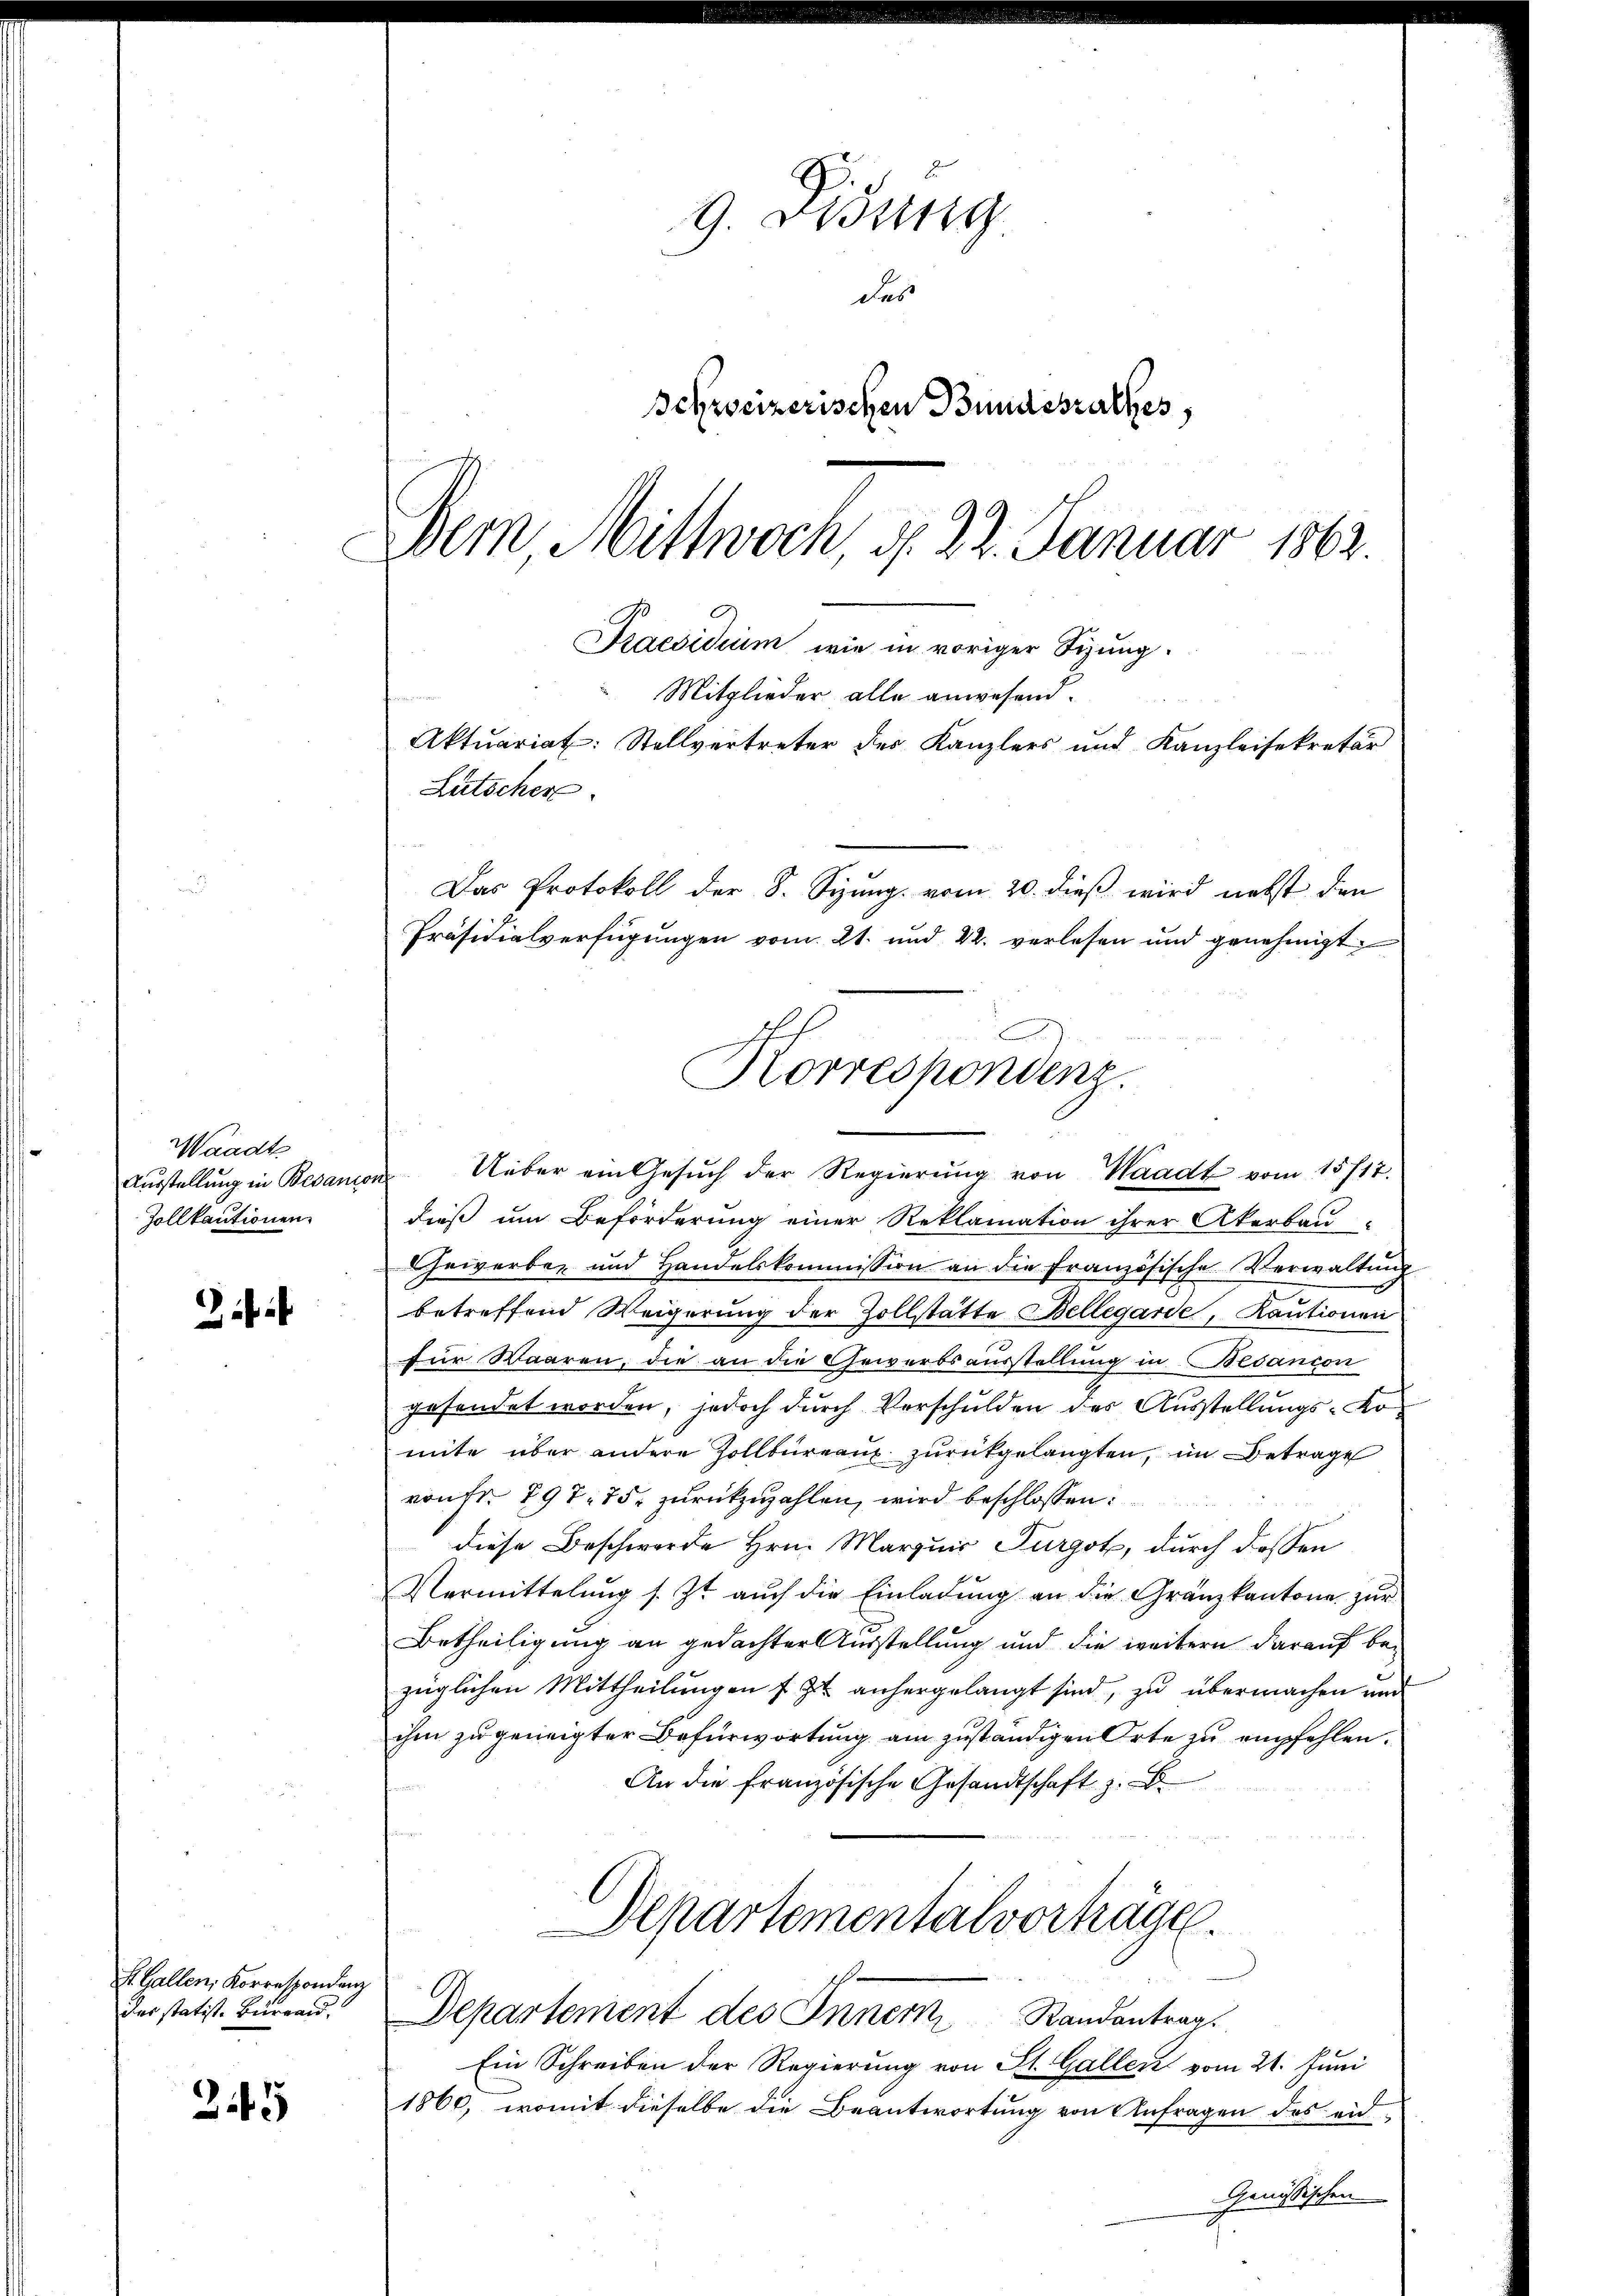
Waadt
Ausstellung in Besani
Zollkautionen.

ibib

L. Gallen, Korrespondenz
des statist. Bürgend,

245

9. Disung
des
Schweizerischen Bundesrathes,
Bern Mittwoch d. 22. Januar 1862.
Praesidium wie in voriger Sizung.

dieß um Beförderung einer Reklamation ihrer Akerbau-
Cheiverbar und Handelskommission an die Französische Verwaltŭng
betreffend Weigerung der Zollstätte Bellegarde, Kautionen
für Waaren, die an die Gewerbsausstellung in Besanion
gesendet worden, jedoch durch Verschulden des Ausstellungs-Komite über andere Zollbüreau zurückgelangten, im Betrage
von Fr. 797. 75. zurückzuzahlen, wird beschlossen:
diese Beschwerde Hrn. Marquis Furgot, durch dessen
Vermittelung s. Zt. auch die Einladung an die Gränzkantone zur
Betheiligung an gedachter Ausstellung und die weitern darauf bezüglichen Mittheilungen f zu anhergelangt sind, zu übermachen und
ihm zu geneigter Befürwortung am zuständigen Orte zu empfehlen.
An die französische Gesandtschaft z.
Departementalvorträge.
sch
Departement des Inner Randantrag.
Ein Schreiben der Regierung von St. Gallen vom 21. Juni
1860, womit dieselbe die Beantwortung von Anfragen des eid¬
Genössischen

Präsidialverfügungen vom 21. und 22. verlesen und genehmigt

Mitglieder alle anwesend.
Aktuariat: Stellvertreter des Kanzlers und Kanzleisekretär
Lutscher
Das Protokoll der S. Sizung vom 20. dieß wird nebst den

Korrespondenz.
 Ueber ein Gesuch der Regierung von Waadt vom 15717.